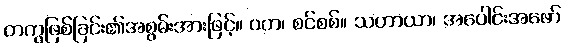
တကွဖြစ်ခြင်း၏အစွမ်းအားဖြင့်။ ဝတ၊ စင်စစ်။ သဟာယာ၊ အပေါင်းအဖော်